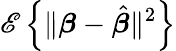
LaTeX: \mathscr{E}\left\{ \| {\boldsymbol{\beta}}-{\hat{{\boldsymbol{\beta}}}}\| ^{2}\right\}